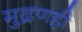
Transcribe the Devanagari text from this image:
मुद्रणही